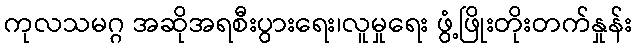
ကုလသမဂ္ဂ အဆိုအရစီးပွားရေး၊လူမှုရေး ဖွံ့ဖြိုးတိုးတက်နှုန်း